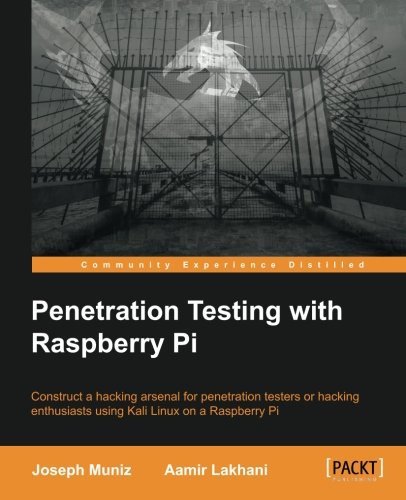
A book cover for Penetration Testing with Raspberry Pi; Joseph Muniz; Computers & Technology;